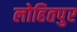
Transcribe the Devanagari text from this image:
लोहितपुर